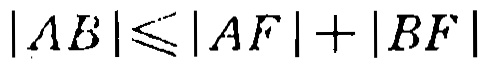
\(|AB|\leqslant|AF|+|BF|\)